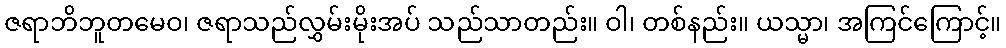
ဇရာဘိဘူတမေဝ၊ ဇရာသည်လွှမ်းမိုးအပ် သည်သာတည်း။ ဝါ၊ တစ်နည်း။ ယသ္မာ၊ အကြင်ကြောင့်။